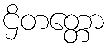
ဌိတတ္တော